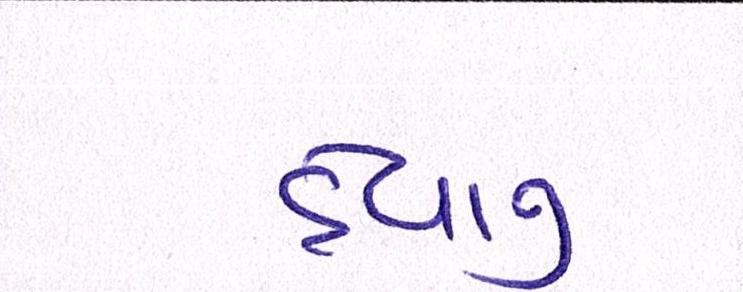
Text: દેવાનું